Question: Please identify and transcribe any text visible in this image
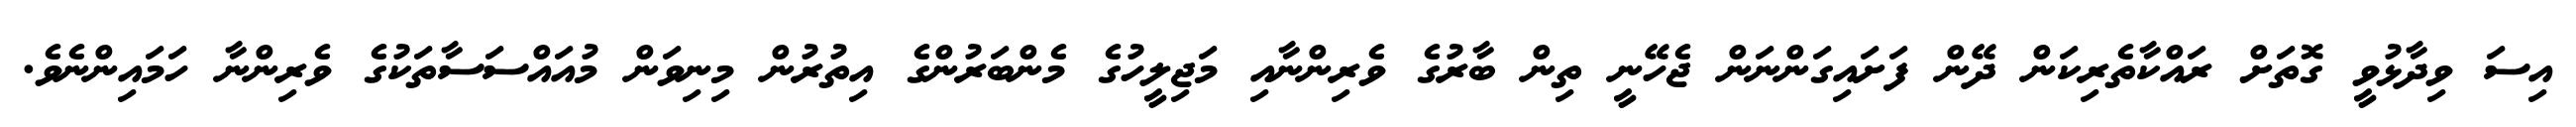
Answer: އިސަ ވިދާޅުވީ ގޮތަށް ރައްކާތެރިކަން ދޭން ފަށައިގަންނަން ޖެހޭނީ ތިން ބާރުގެ ވެރިންނާއި މަޖިލީހުގެ މެންބަރުންގެ އިތުރުން މިނިވަން މުއައްސަސާތަކުގެ ވެރިންނާ ހަމައިންނެވެ.